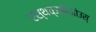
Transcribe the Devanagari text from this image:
एस्थच्जहिओउस्